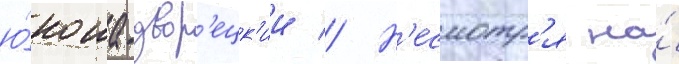
ю́ноша-двор'ецк'ии // Н'есмотр'я на́